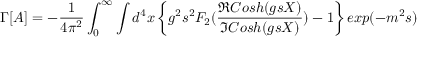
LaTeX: \Gamma [ A ] = - \frac { 1 } { 4 \pi ^ { 2 } } \int _ { 0 } ^ { \infty } \int d ^ { 4 } x \left\{ g ^ { 2 } s ^ { 2 } { \cal F } _ { 2 } ( \frac { \Re C o s h ( g s X ) } { \Im C o s h ( g s X ) } ) - 1 \right\} e x p ( - m ^ { 2 } s )